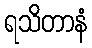
ရသိတာနံ